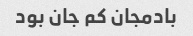
بادمجان کم جان بود